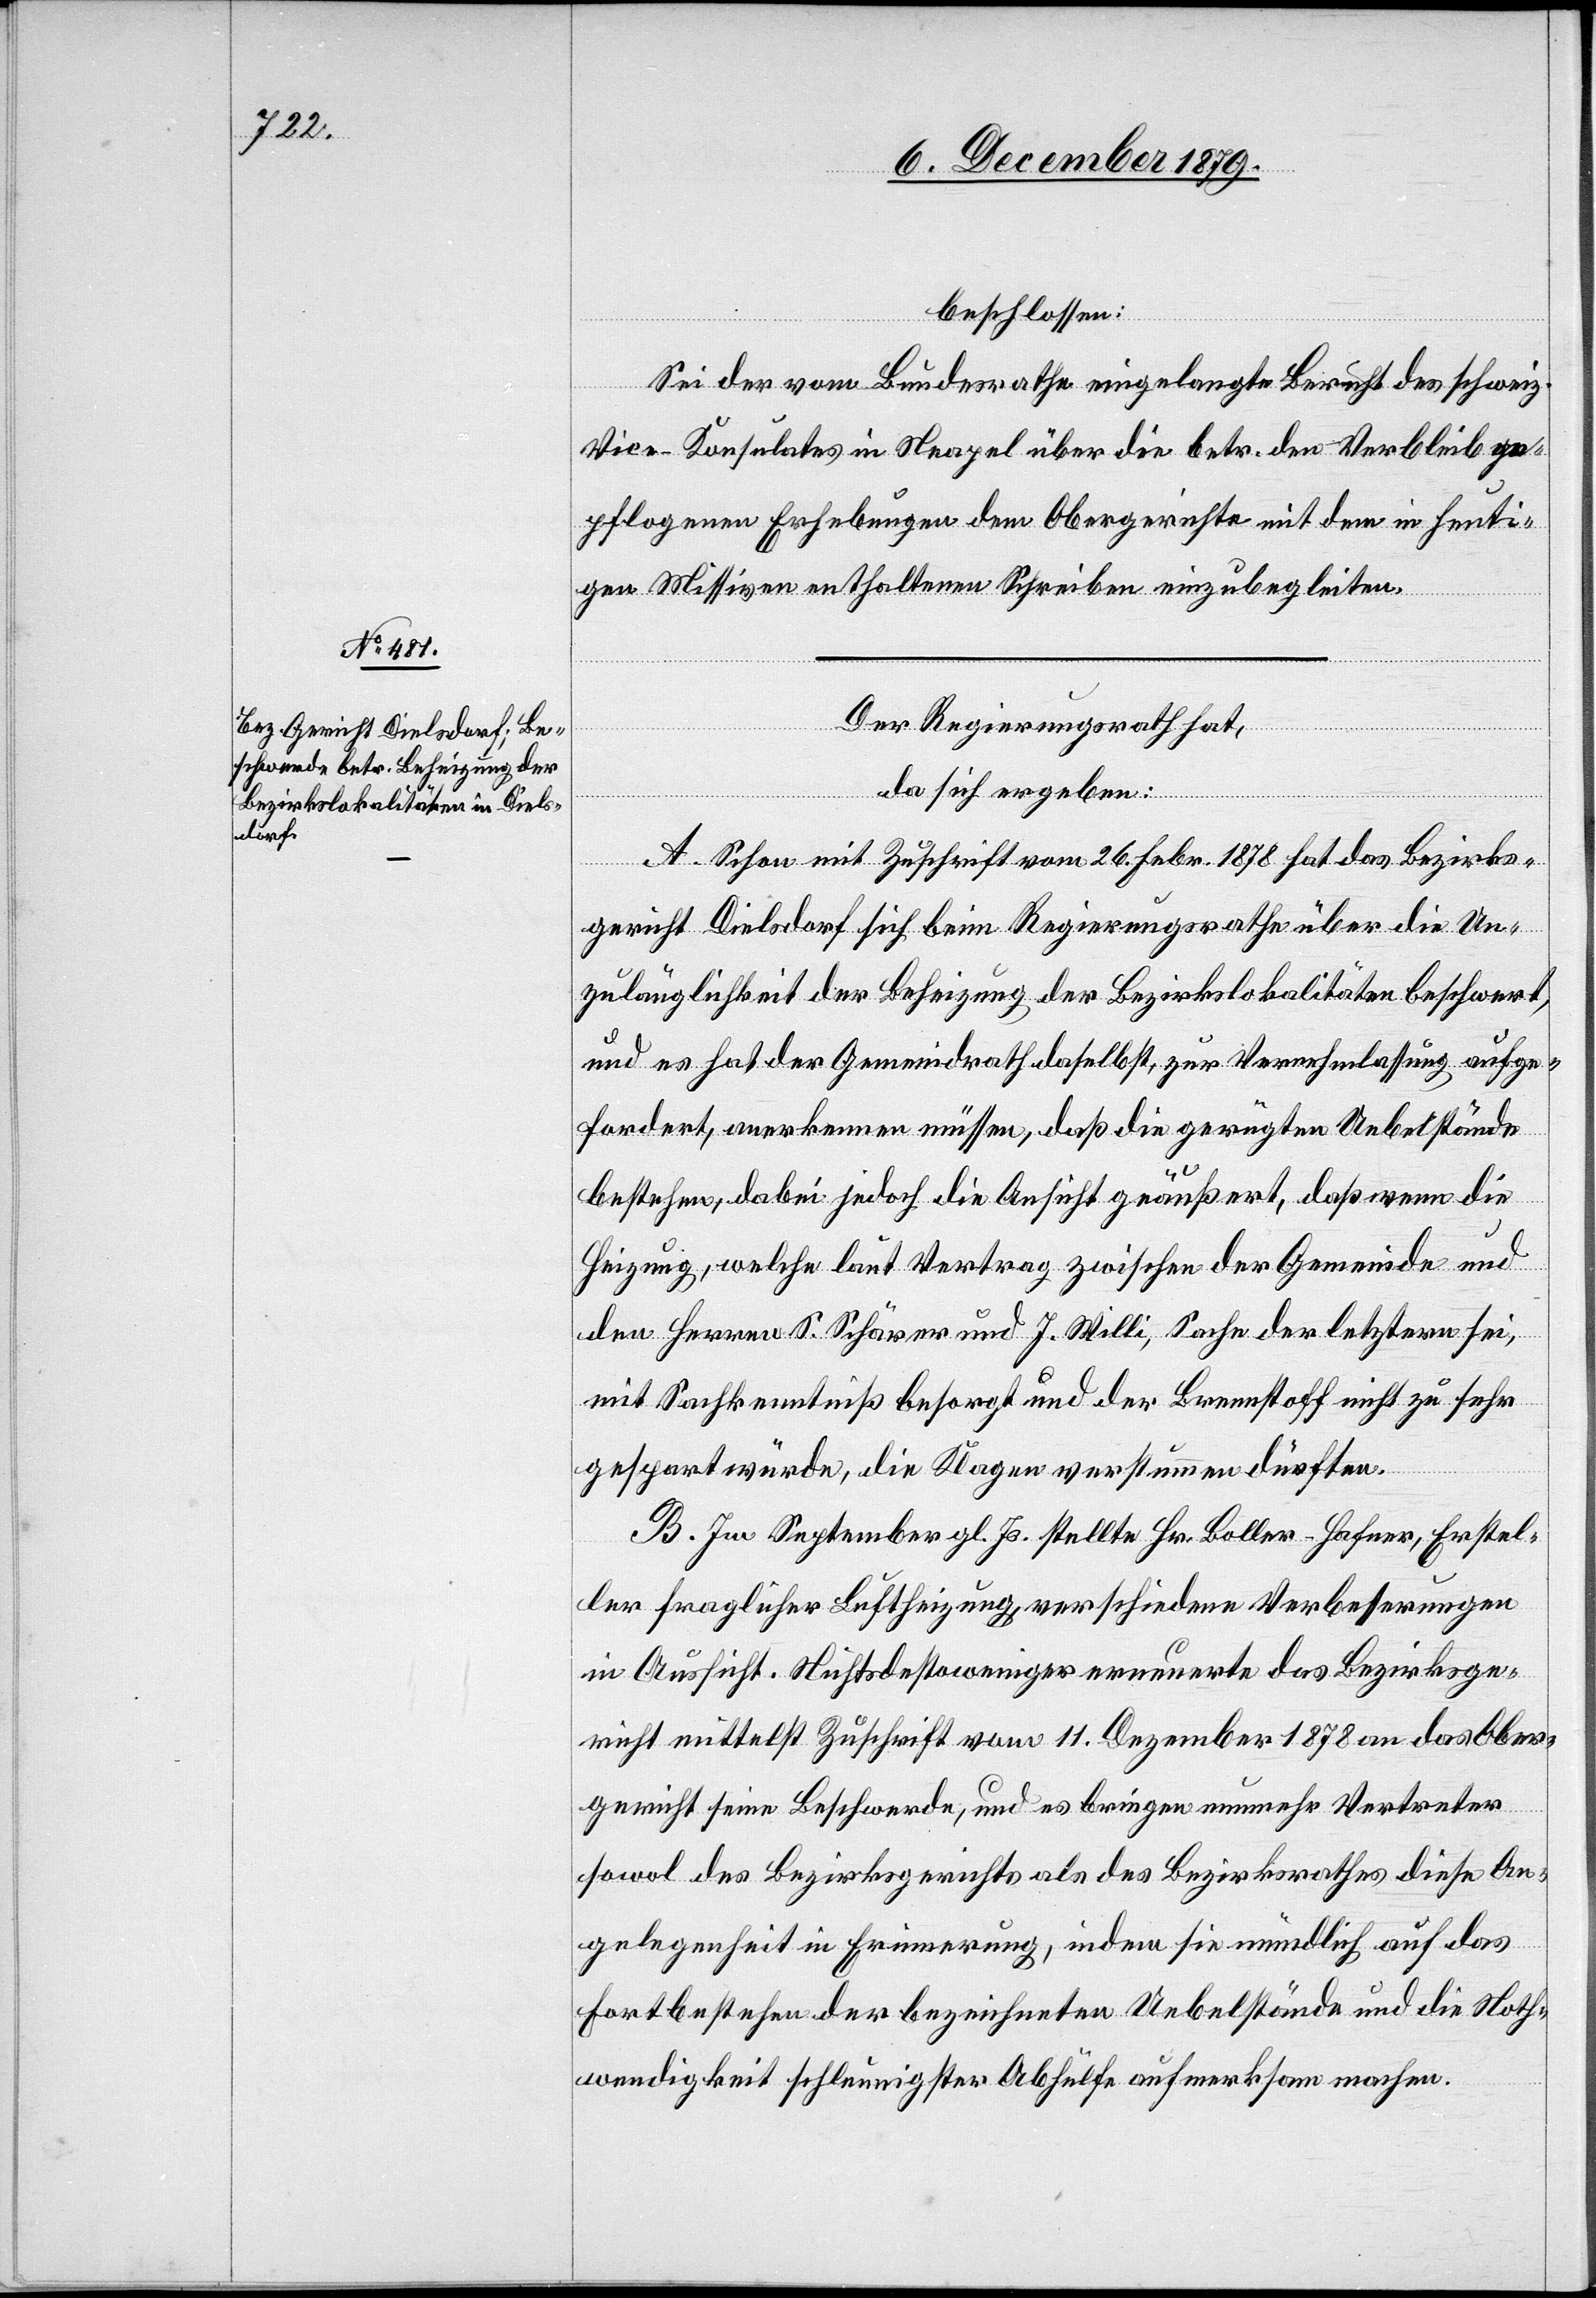
beschlossen:
Sei der vom Bundesrathe eingelangte Bericht des schweiz.
Vice-Konsulates in Neapel über die betr. den Verbleib ge¬
pflogenen Erhebungen dem Obergerichte mit dem in heuti¬
gen Missiven enthaltenen Schreiben einzubegleiten.
Der Regierungsrath hat,
da sich ergeben:
A. Schon mit Zuschrift vom 26. Febr. 1878 hat das Bezirks¬
gericht Dielsdorf sich beim Regierungsrathe über die Un¬
zulänglichkeit der Beheizung der Bezirkslokalitäten beschwert,
und es hat der Gemeindrath daselbst, zur Vernehmlassung aufge¬
fordert, anerkennen müssen, daß die gerügten Uebelstände
bestehen, dabei jedoch die Ansicht geäußert, daß wenn die
Heizung, welche laut Vertrag zwischen der Gemeinde und
den Herren S. Schärer und J. Willi, Sache der letztern sei,
mit Sachkenntniß besorgt und der Brennstoff nicht zu sehr
gespart würde, die Klagen verstummen dürften.
B. Im September gl. Js. stellte Hr. Boller-Hafner, Erstel¬
ler fraglicher Luftheizung, verschiedene Verbesserungen
in Aussicht. Nichsdestoweniger erneuerte das Bezirksge¬
richt mittelst Zuschrift vom 11. Dezember 1878 an das Ober¬
gericht seine Beschwerde, und es bringen nunmehr Vertreter
sowol des Bezirksgerichtes als des Bezirksrathes diese An¬
gelegenheit in Erinnerung, indem sie mündlich auf das
Fortbestehen der bezeichneten Uebelstände und die Noth¬
wendigkeit schleunigster Abhülfe aufmerksam machen.